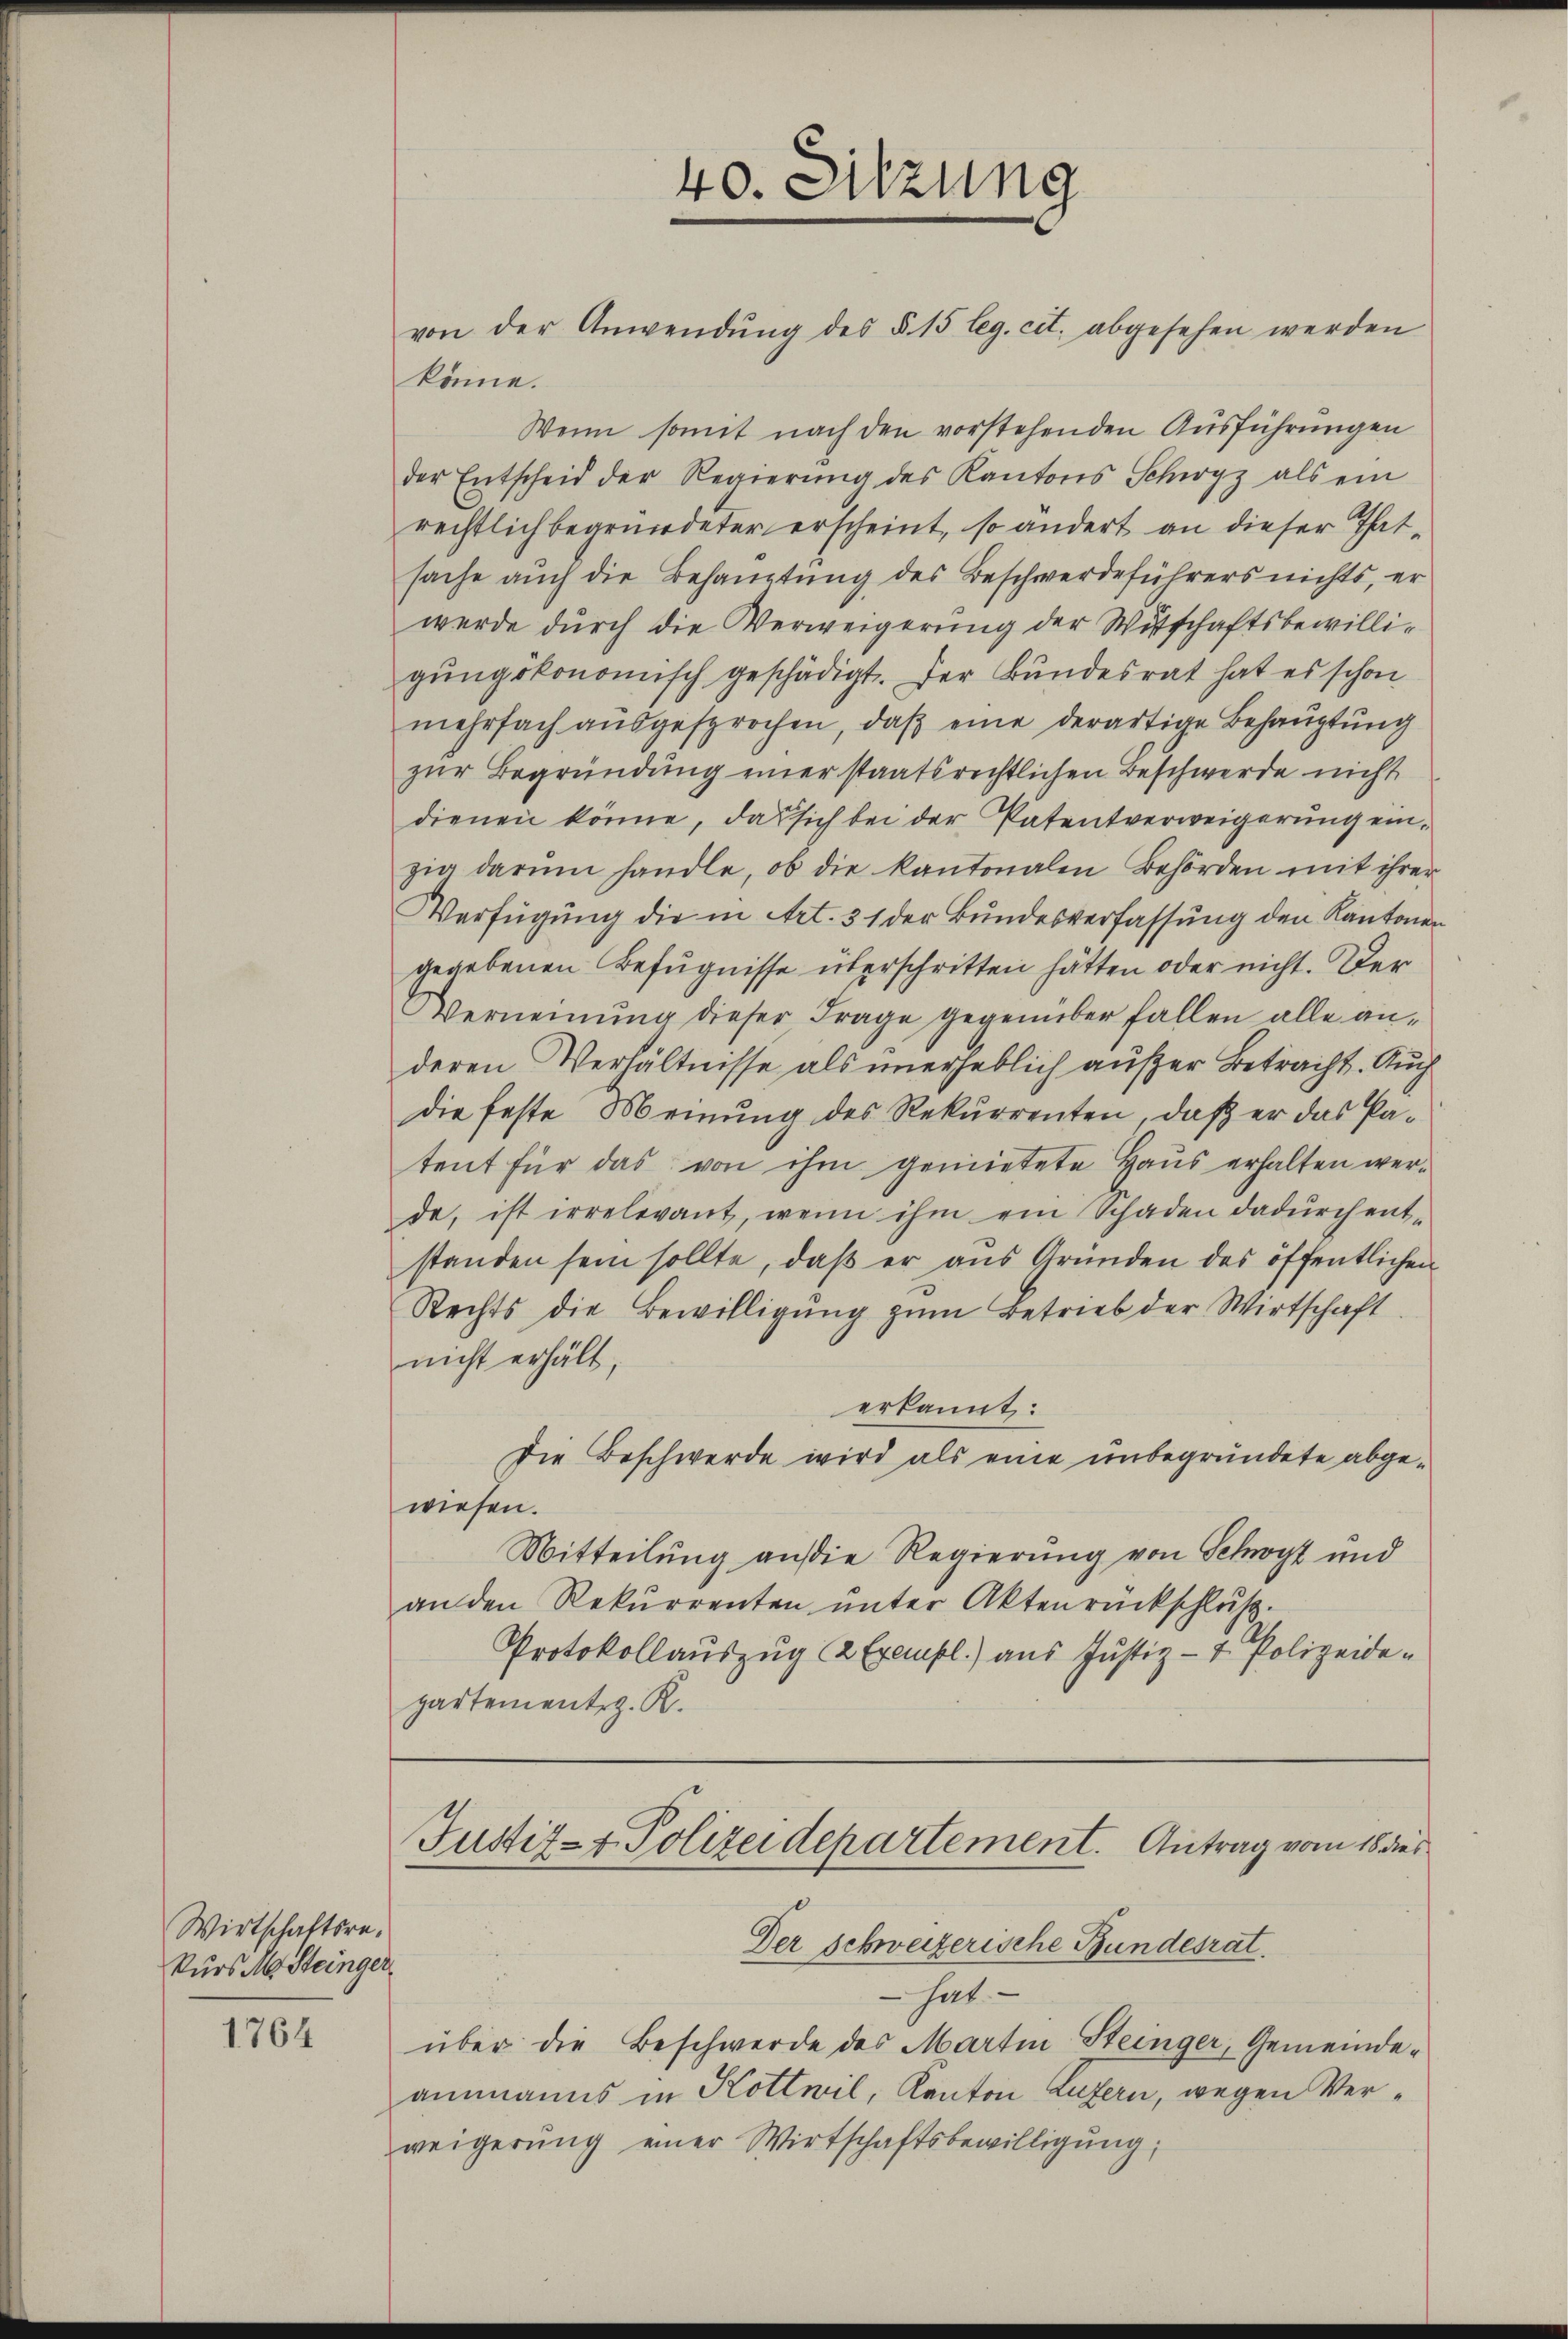
Wirtschaftsrekurs M. Steinger

1764

könne.
Wenn somit nach den vorstehenden Ausführungen
der Entscheid der Regierŭng des Kantons Schwyz als ein
rechtlich begründeter erscheint, so ändert an dieser Thatsache auch die Behauptung des Beschwerdeführers nichts, er
werde durch die Verweigerung der Witschaftsbewilligungskonomisch geschädigt. Der Bundesrat hat es schon
mehrfach aŭsgesprochen, daβ eine derartige Behauptung
zur Begründung einer staatsrechtlichen Beschwerde nicht
dienen könne, das sich bei der Patentverweigerung einzig darum handle, ob die kantonalen Behörden mit ihrer
Verfügung die in Art. 31 der Bundesverfassung den Kantonen
gegebenen Befugnisse überschritten hätten oder nicht. Der
Verneinung dieser Frage gegenüber fallen alle anderen Verhältnisse als unerheblich außer Betracht. Auch
die feste Meinung des Rekurrenten, daß er das Patent für das von ihm gemietete Haus erhalten werde, ist irrelevant, wenn ihm ein Schaden dadŭrch ent-
standen sein sollte, daβ er aŭs Gründen des öffentlichen
Rechts die Bewilligŭng zŭm Betrieb der Wirtschaft
nicht erhält,
erkannt:
Die Beschwerde wird als eine unbegründete abgewiesen.
Mitteilung an die Regierung von Schwyz und
an den Rekŭrrenten ŭnter Aktenrückschlŭβ
Protokollauszug & Exempl.) aus Justiz- & Polizeidepartementerz. R.

40. Sitzung
von der Anwendŭng des §. 15 leg. cit. abgesehen werden

Justiz- & Polizeidepartement. Antrag vom 18 des

Der schweizerische Bundesrat.
 hat.
über die Beschwerde des Martin Steinger, Gemeindeammanns in Kottwil, Kanton Luzern, wegen Verweigerŭng einer Wirtschaftsbewilligŭng,